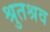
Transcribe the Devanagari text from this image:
श्रुतश्रव